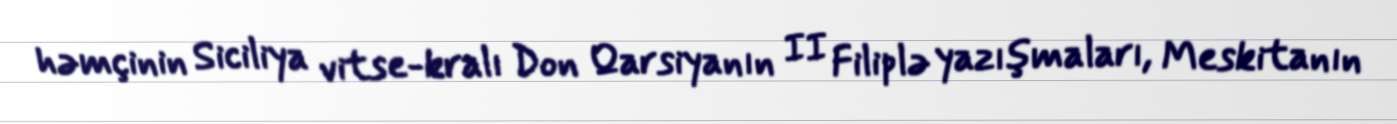
həmçinin Siciliya vitse-kralı Don Qarsiyanın II Filiplə yazışmaları, Meskitanın